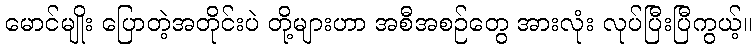
မောင်မျိုး ပြောတဲ့အတိုင်းပဲ တို့များဟာ အစီအစဉ်တွေ အားလုံး လုပ်ပြီးပြီကွယ့်။